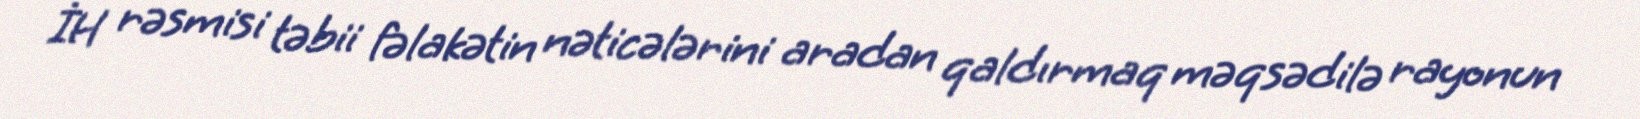
İH rəsmisi təbii fəlakətin nəticələrini aradan qaldırmaq məqsədilə rayonun